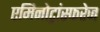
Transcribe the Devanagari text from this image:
एमिनोट्रांस्फरेज